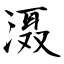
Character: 滠